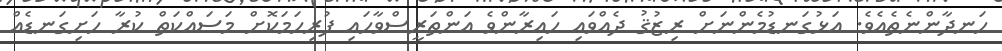
ހަނދާންނެތެއެވެ. އަޅުގަނޑުމެންނަށް ރިޒުޤު ދެއްވައި ހައިރާންވެ އަންތަރީސްވާހައި ފުރިހަމަކޮށް މަސައްކަތް ކުރާ ހަށިގަނޑެއް